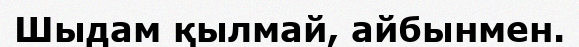
Шыдам қылмай, айбынмен.